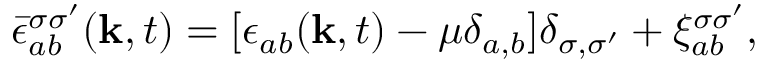
\begin{array} { r } { \bar { \epsilon } _ { a b } ^ { \sigma \sigma ^ { \prime } } ( \mathbf { k } , t ) = [ \epsilon _ { a b } ( \mathbf { k } , t ) - \mu \delta _ { a , b } ] \delta _ { \sigma , \sigma ^ { \prime } } + \xi _ { a b } ^ { \sigma \sigma ^ { \prime } } , } \end{array}